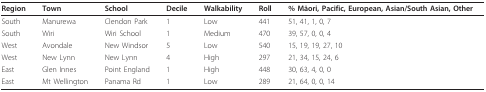
<table><thead><tr><td><b>Region</b></td><td><b>Town</b></td><td><b>School</b></td><td><b>Decile</b></td><td><b>Walkability</b></td><td><b>Roll</b></td><td><b>% Māori, Pacific, European, Asian/South Asian, Other</b></td></tr></thead><tbody><tr><td>South</td><td>Manurewa</td><td>Clendon Park</td><td>1</td><td>Low</td><td>441</td><td>51, 41, 1, 0, 7</td></tr><tr><td>South</td><td>Wiri</td><td>Wiri School</td><td>1</td><td>Medium</td><td>470</td><td>39, 57, 0, 0, 4</td></tr><tr><td>West</td><td>Avondale</td><td>New Windsor</td><td>5</td><td>Low</td><td>540</td><td>15, 19, 19, 27, 10</td></tr><tr><td>West</td><td>New Lynn</td><td>New Lynn</td><td>4</td><td>High</td><td>297</td><td>21, 34, 15, 24, 6</td></tr><tr><td>East</td><td>Glen Innes</td><td>Point England</td><td>1</td><td>High</td><td>448</td><td>30, 63, 4, 0, 0</td></tr><tr><td>East</td><td>Mt Wellington</td><td>Panama Rd</td><td>1</td><td>Low</td><td>289</td><td>21, 64, 0, 0, 14</td></tr></tbody></table>